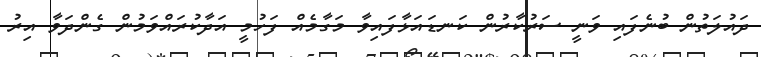
ދައުލަތުން ބުނެފައި ވަނީ ސަރުކާރުން ކަނޑައަޅާފައިވާ މަގާމެއް ފަހުމީ އަދާކުރައްވަމުން ގެންދަވާ އިރު